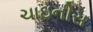
ચાઇનીસ